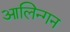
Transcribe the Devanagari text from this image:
आलिन्गन